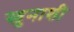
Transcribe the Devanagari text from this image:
खुनाशी